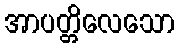
အာပတ္တိလေသော